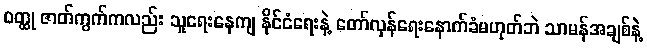
ဝတ္ထု ဇာတ်ကွက်ကလည်း သူရေးနေကျ နိုင်ငံရေးနဲ့ တော်လှန်ရေးနောက်ခံမဟုတ်ဘဲ သာမန်အချစ်နဲ့